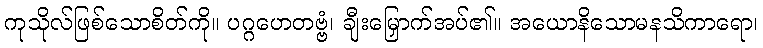
ကုသိုလ်ဖြစ်သောစိတ်ကို။ ပဂ္ဂဟေတဗ္ဗံ၊ ချီးမြှောက်အပ်၏။ အယောနိသောမနသိကာရော၊